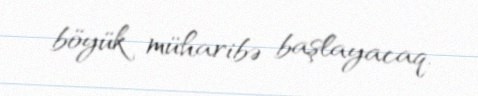
böyük müharibə başlayacaq.